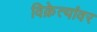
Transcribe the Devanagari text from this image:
विक्रेत्यांवर